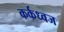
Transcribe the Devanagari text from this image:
कर्कध्वज